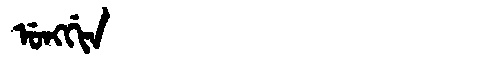
Manchu: ᡠᠩᡤᡳᠨ
Romanization: UNGGIN